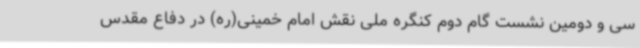
سی و دومین نشست گام دوم کنگره ملی نقش امام خمینی(ره) در دفاع مقدس